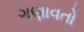
ગણાવતો